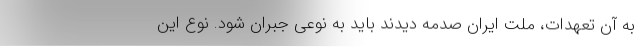
به آن تعهدات، ملت ایران صدمه دیدند باید به نوعی جبران شود. نوع این